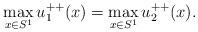
LaTeX: \begin{align*}\max_{x\in S^1}u_1^{++}(x)=\max_{x\in S^1}u_2^{++}(x).\end{align*}